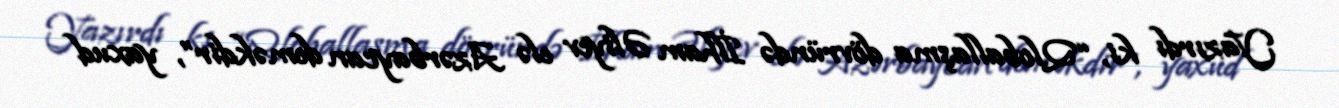
Yazırdı ki, “Qloballaşma dövründə İlham Əliyev elə Azərbaycan deməkdir”, yaxud